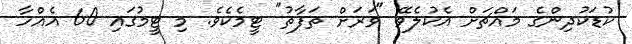
ކުޑަކުދިންގެ މައްޗަށް އެކުލެވޭ "ވަރަށް ތަފާތު" ޓީމެކެވެ. މި ޓީމުގައި 60 އެއްހާ